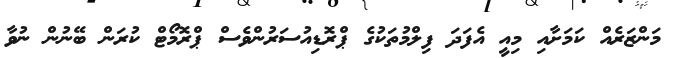
މަންޒަރެއް ކަމަށާއި މިއީ އެފަދަ ފިލްމުތަކުގެ ޕްރޮޑިއުސަރުންވެސް ޕްރޮމޯޓް ކުރަން ބޭނުން ނުވާ